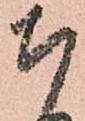
ち